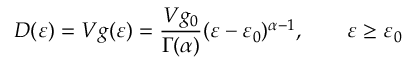
D ( \varepsilon ) = V g ( \varepsilon ) = { \frac { V g _ { 0 } } { \Gamma ( \alpha ) } } ( \varepsilon - \varepsilon _ { 0 } ) ^ { \alpha - 1 } , \qquad \varepsilon \geq \varepsilon _ { 0 }